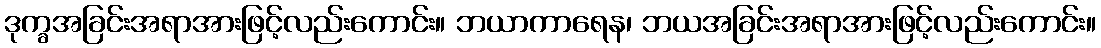
ဒုက္ခအခြင်းအရာအားဖြင့်လည်းကောင်း။ ဘယာကာရေန၊ ဘယအခြင်းအရာအားဖြင့်လည်းကောင်း။